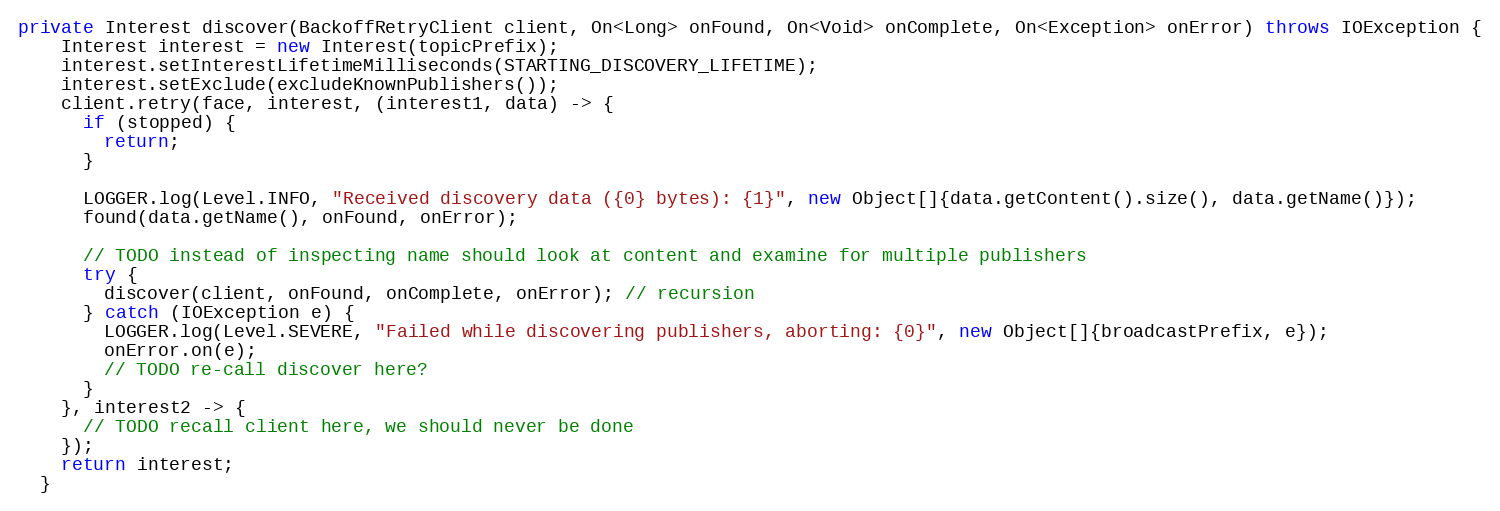
Language: Java
private Interest discover(BackoffRetryClient client, On<Long> onFound, On<Void> onComplete, On<Exception> onError) throws IOException {
    Interest interest = new Interest(topicPrefix);
    interest.setInterestLifetimeMilliseconds(STARTING_DISCOVERY_LIFETIME);
    interest.setExclude(excludeKnownPublishers());
    client.retry(face, interest, (interest1, data) -> {
      if (stopped) {
        return;
      }

      LOGGER.log(Level.INFO, "Received discovery data ({0} bytes): {1}", new Object[]{data.getContent().size(), data.getName()});
      found(data.getName(), onFound, onError);

      // TODO instead of inspecting name should look at content and examine for multiple publishers
      try {
        discover(client, onFound, onComplete, onError); // recursion
      } catch (IOException e) {
        LOGGER.log(Level.SEVERE, "Failed while discovering publishers, aborting: {0}", new Object[]{broadcastPrefix, e});
        onError.on(e);
        // TODO re-call discover here?
      }
    }, interest2 -> {
      // TODO recall client here, we should never be done
    });
    return interest;
  }